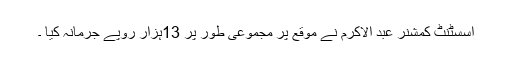
اسسٹنٹ کمشنر عبد الاکرم نے موقع پر مجموعی طور پر 13ہزار روپے جرمانہ کیا ۔